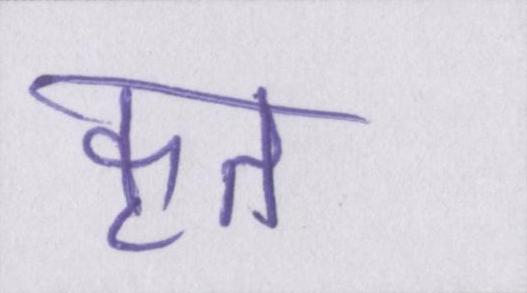
कृत